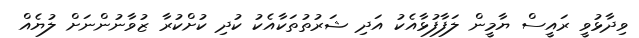
ވިދާޅުވީ ރައީސް ޔާމީން ލަފާފުޅާއެކު އަދި ޝަރުތުތަކާއެކު ކުދި ކުށްކުރާ ޒުވާނުންނަށް ލުޔެއް